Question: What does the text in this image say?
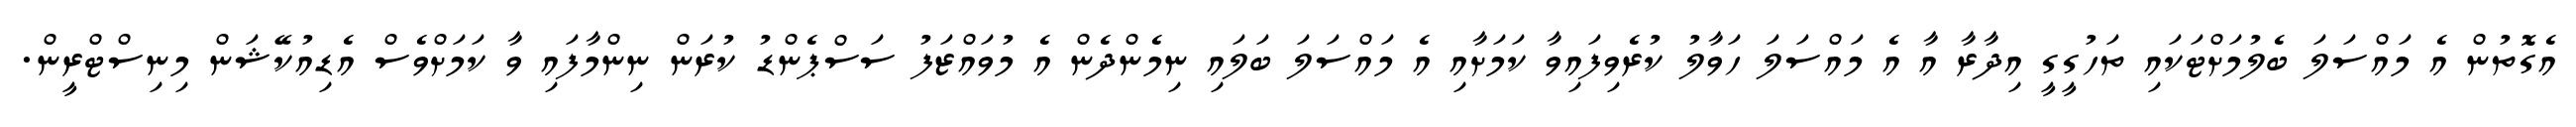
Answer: އެގޮތުން އެ މައްސަލަ ބެލުމަށްޓަކައި ތަހުގީގީ އިދާރާ އާ އެ މައްސަލަ ހަވާލު ކުރެވިފައިވާ ކަމަށާއި އެ މައްސަލަ ބަލައި ނިމެންދެން އެ މުވައްޒަފު ސަސްޕެންޑު ކުރަން ނިންމާފައި ވާ ކަމަށްވެސް އެޑިއުކޭޝަން މިނިސްޓްރީން.